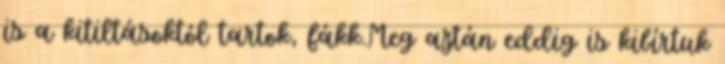
is a kitiltásoktól tartok, fákk.Meg aztán eddig is kibírtuk